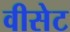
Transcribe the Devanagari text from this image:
वीसेट